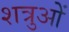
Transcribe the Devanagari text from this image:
शत्रुओें